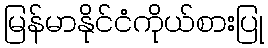
မြန်မာနိုင်ငံကိုယ်စားပြု